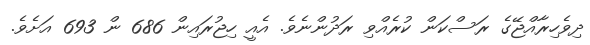
ދިވެހިރާއްޖޭގެ ރަސްކަން ކުރެއްވި ރަދުންނެވެ. އެއީ ހިޖުރައިން 686 ން 693 އަށެވެ.